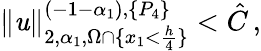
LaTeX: \| \mathit{u}\| _{2,\alpha_{1},\Omega\cap\{ x_{1}<\frac{{h}}{{4}}\} }^{(-1-\alpha_{1}),\{ P_{4}\} }<\hat{{C}}\, ,